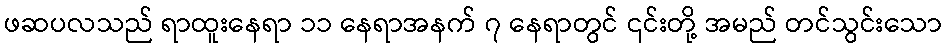
ဖဆပလသည် ရာထူးနေရာ ၁၁ နေရာအနက် ၇ နေရာတွင် ၎င်းတို့ အမည် တင်သွင်းသော